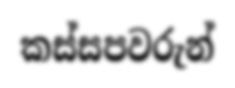
කස්සපවරුන්